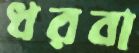
ধরবা